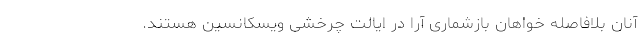
آنان بلافاصله خواهان بازشماری آرا در ایالت چرخشی ویسکانسین هستند.